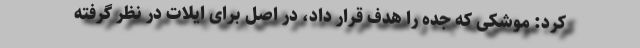
کرد: موشکی که جده را هدف قرار داد، در اصل برای ایلات در نظر گرفته